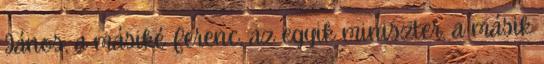
János, a másiké Ferenc, az egyik miniszter, a másik